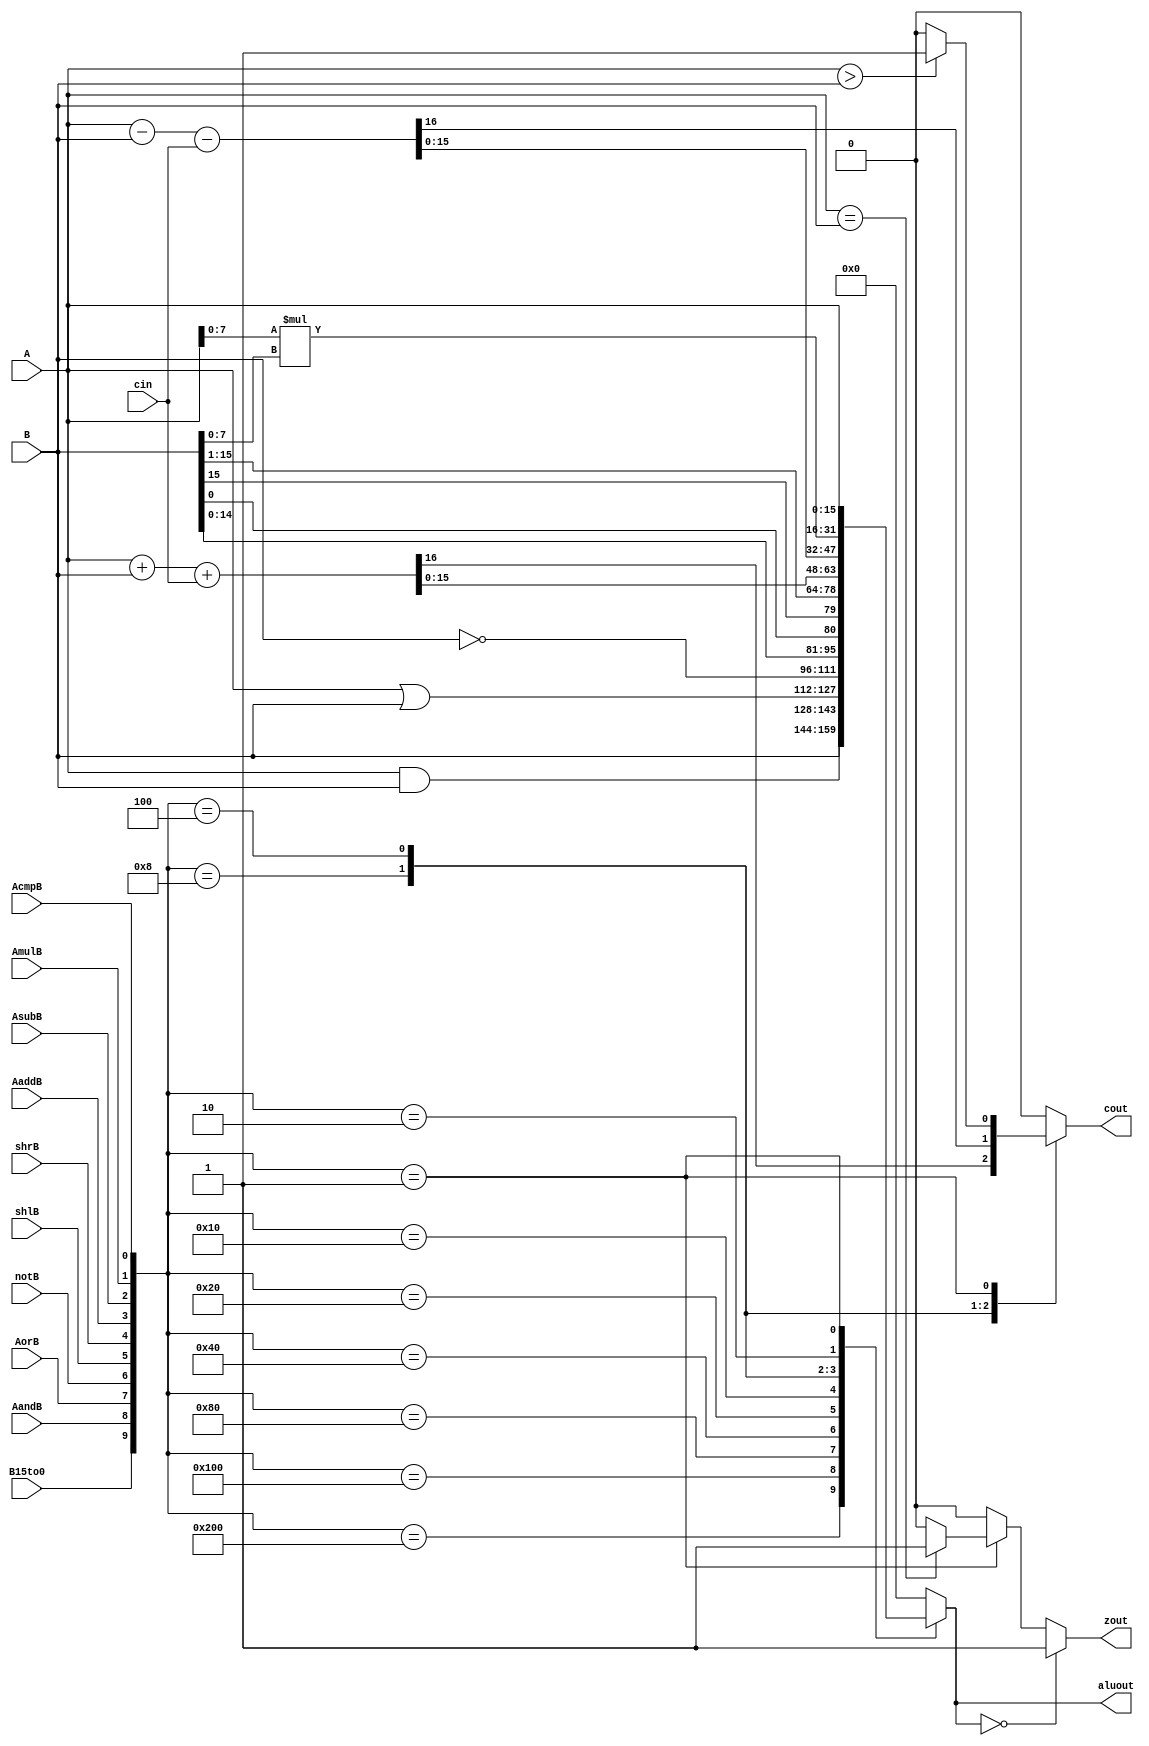
//Arithmetic Logic Unit (ALU)
`timescale 1ns/100ps

module ArithmeticUnit (
  A, B, 
  B15to0, AandB, AorB, notB, shlB, shrB, AaddB, AsubB, AmulB, AcmpB,  
  aluout, cin, zout, cout
);
input [15:0] A;
input [15:0] B;
input B15to0;
input AandB;
input AorB;
input notB;
input shlB;
input shrB;
input AaddB;
input AsubB;
input AmulB;
input AcmpB;
input cin;
output [15:0] aluout;
output zout;
output cout;
reg [15:0] aluout;
reg zout;
reg cout;

  always @(
    A or B or B15to0 or AandB or AorB or notB or shlB or shrB or AaddB or AsubB  or AmulB  or AcmpB or cin
  ) 
  begin
    zout = 0; cout = 0; aluout = 0;
    case ({B15to0, AandB, AorB, notB, shlB, shrB, AaddB, AsubB, AmulB, AcmpB})
      10'b1000000000:aluout = B;
      10'b0100000000: aluout = A & B;
      10'b0010000000:  aluout = A | B;
      10'b0001000000:  aluout = ~B;
      10'b0000100000:  aluout = {B[14:0], B[0]};
      10'b0000010000:  aluout = {B[15], B[15:1]};
      10'b0000001000: {cout, aluout} = A + B + cin;
      10'b0000000100:  {cout, aluout} = A - B - cin;
      10'b0000000010:  aluout = A[7:0] * B[7:0];
      10'b0000000001: begin
          aluout = A;
        if (A> B) cout = 1; else cout = 0;
        if (A==B) zout = 1; else zout = 0;
      end
      default: aluout = 0;
    endcase
    if (aluout == 0) zout = 1'b1;
    end
endmodule